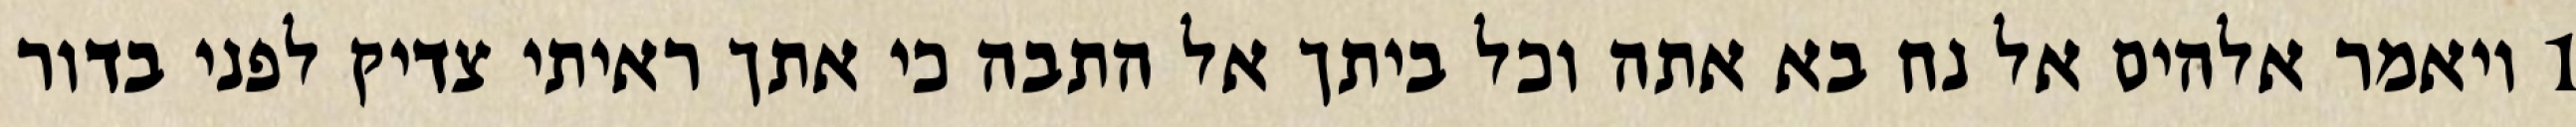
1 ויאמר אלהים אל נח בא אתה וכל ביתך אל התבה כי אתך ראיתי צדיק לפני בדור